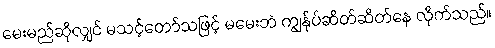
မေးမည်ဆိုလျှင် မသင့်တော်သဖြင့် မမေးဘဲ ကျွန်ုပ်ဆိတ်ဆိတ်နေ လိုက်သည်။